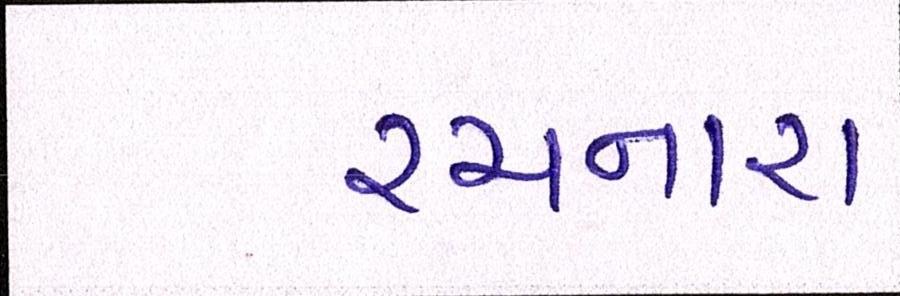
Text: રચનારા